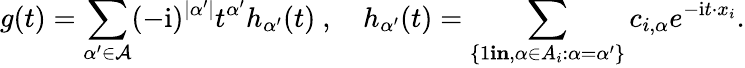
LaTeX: g(t)=\sum_{\alpha^{\prime}\in\mathcal{A}}(-\mathrm{i})^{\lvert\alpha^{\prime}\rvert}t^{\alpha^{\prime}}h_{\alpha^{\prime}}(t)\ ,\quad h_{\alpha^{\prime}}(t)=\sum_{\{ 1\le i\le n,\alpha\in A_{i}:\alpha=\alpha^{\prime}\} }c_{i,\alpha}e^{-\textrm{i}t\cdot x_{i}}.